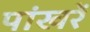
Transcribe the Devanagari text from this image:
पांखरें